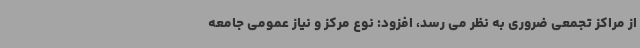
از مراکز تجمعی ضروری به نظر می رسد، افزود: نوع مرکز و نیاز عمومی جامعه